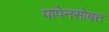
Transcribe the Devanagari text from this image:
पापेनसोबत